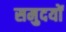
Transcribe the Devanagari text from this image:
समुदयों